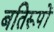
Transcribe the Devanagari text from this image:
बतिरूपों